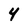
Character: 4